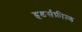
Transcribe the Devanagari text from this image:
हडर्सफ़ील्ड